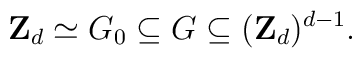
{\bf Z}_d\simeq G_0\subseteq G \subseteq ({\bf Z}_d)^{d-1}.